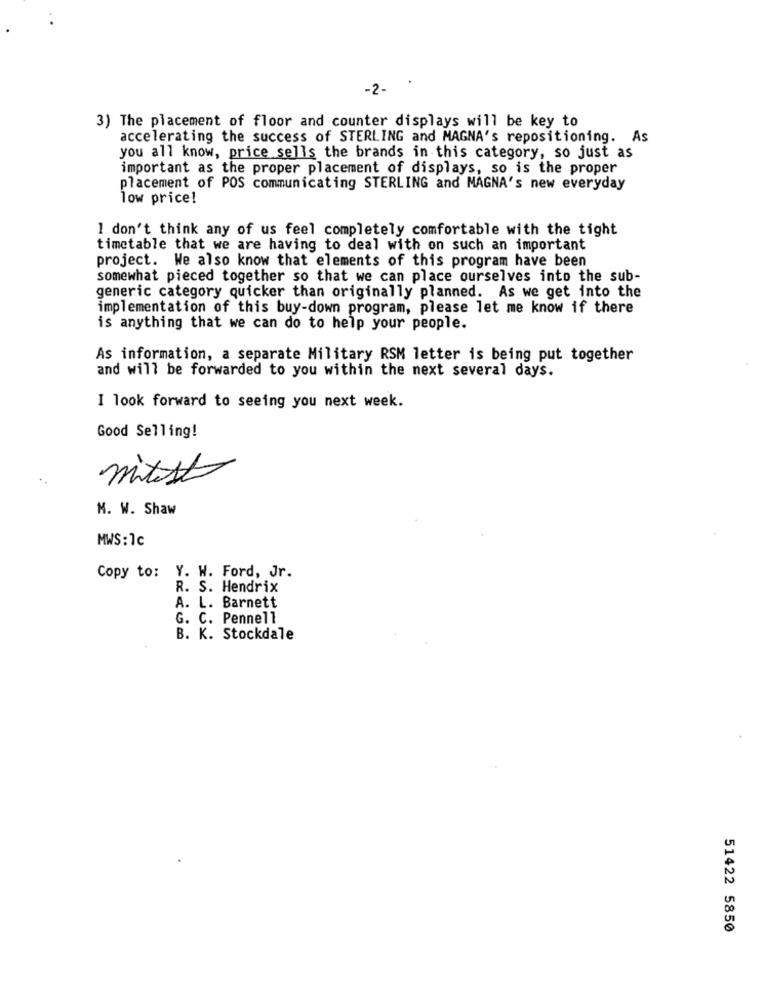
-2-
3) The placement of floor and counter displays will be key to
accelerating the success of STERLING and MAGNA's repositioning. As
you all know, price sells the brands in this category, so just as
important as the proper placement of displays, so is the proper
placement of POS communicating STERLING and MAGNA's new everyday
low price!
I don't think any of us feel completely comfortable with the tight
timetable that we are having to deal with on such an important
project. We also know that elements of this program have been
somewhat pieced together so that we can place ourselves into the sub-
generic category quicker than originally planned. As we get into the
implementation of this buy-down program, please let me know if there
is anything that we can do to help your people.
As information, a separate Military RSM letter is being put together
and will be forwarded to you within the next several days.
I look forward to seeing you next week.
Good Selling!
mitest
M. W. Shaw
MWS:1c
Copy to: Y. W. Ford, Jr.
R. S. Hendrix
A. L. Barnett
G. C. Pennell
B. K. Stockdale
51422 5850